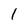
Character: l